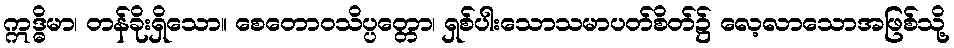
ဣဒ္ဓိမာ၊ တန်ခိုးရှိသော။ စေတောဝသိပ္ပတ္တော၊ ရှစ်ပါးသောသမာပတ်စိတ်၌ လေ့လာသောအဖြစ်သို့